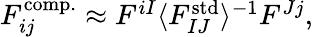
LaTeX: \begin{array}{r}{F_{ij}^{\mathrm{comp.}}\approx F^{iI}\langle F_{IJ}^{\mathrm{std}}\rangle^{-1}F^{Jj},}\end{array}